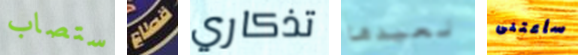
ستصاب قطاع تذكاري نعيدها سأعتنى